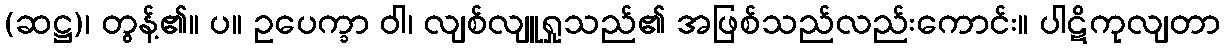
(ဆဋ္ဌ)၊ တွန့်၏။ ပ။ ဥပေက္ခာ ဝါ၊ လျစ်လျူရှုသည်၏ အဖြစ်သည်လည်းကောင်း။ ပါဋိကုလျတာ